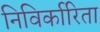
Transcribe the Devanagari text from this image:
निविर्कारिता